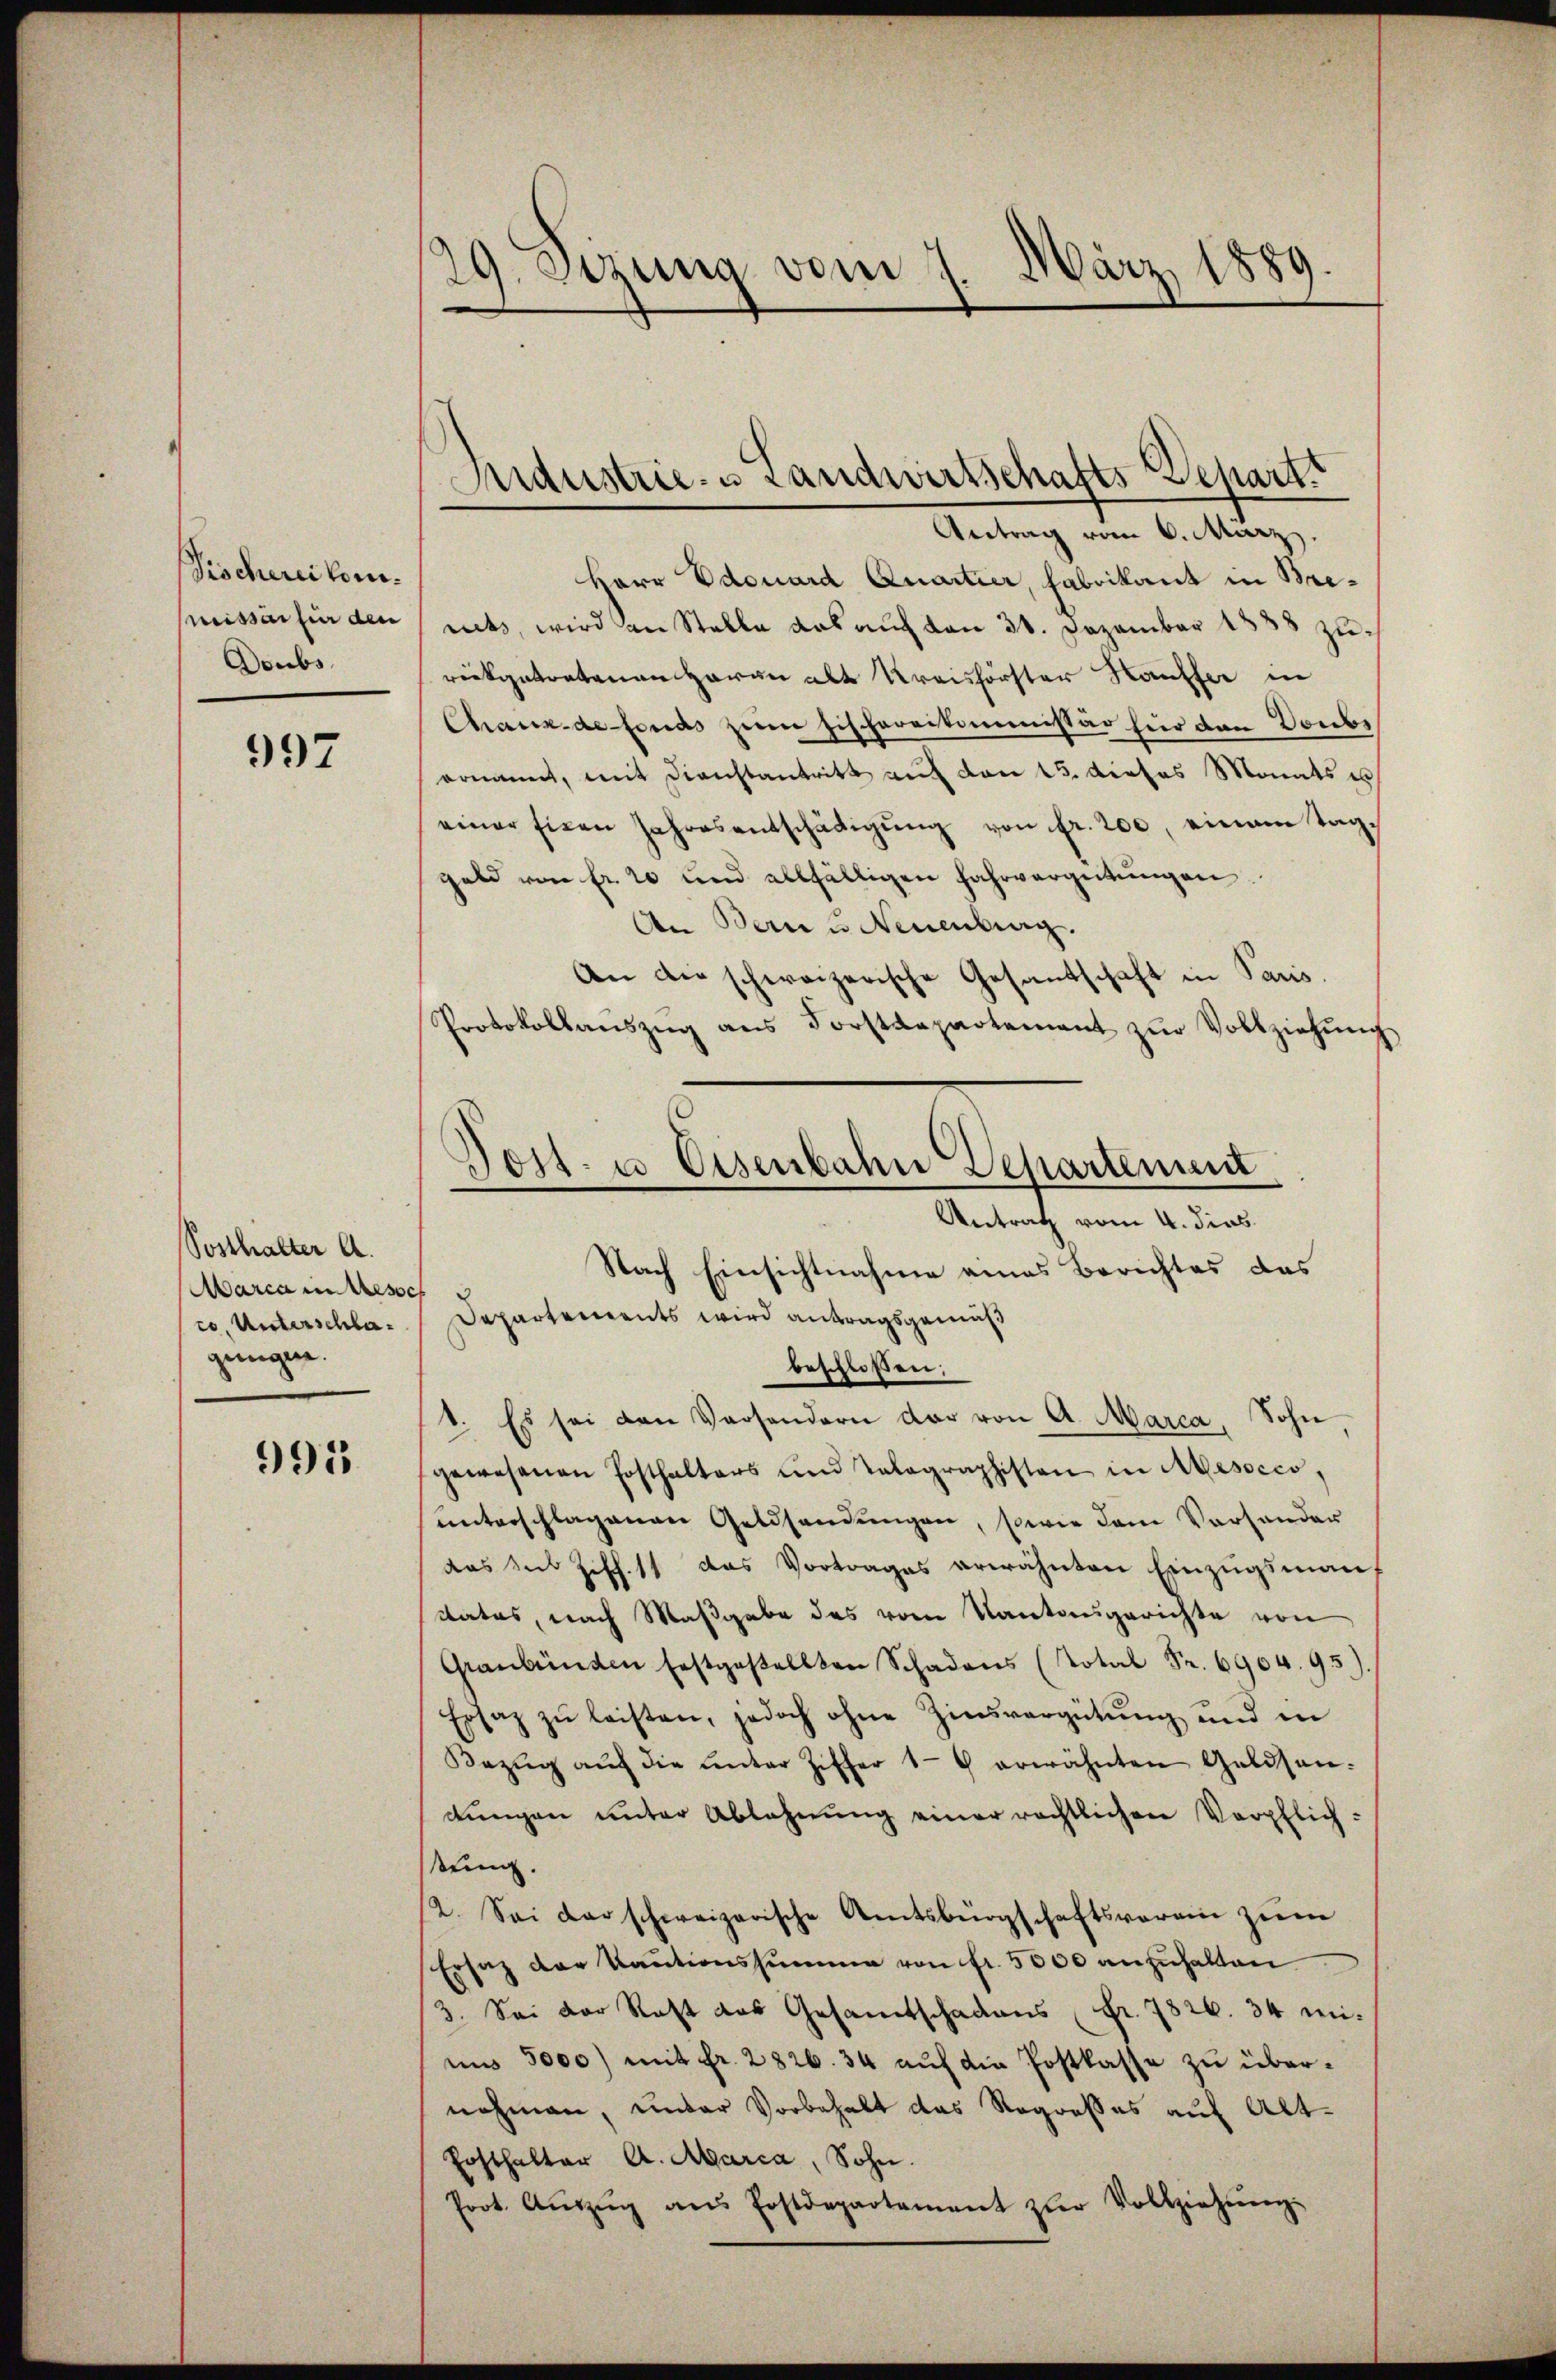
Tischerei komnissen für den
Doubs

997

Posthalter A.
Marca in Messe
co, Unterschlagenügen.

991

29. Sizung vom 7. März 1889.

Industrie- u Landwirtschafts-Schart
Antrag vom 6. März.

Herr Edouard Quartier, Fabrikant in Brerits, wird an Stelle das auf den 31. Dezember 1888 zurückgetretenen Haran alt Kreisförster Häuffer in
Chaux-defonds zeim Fischereikommissär hier den Doubs
vonannt, mit Dienstantritt auf den 15. dieses Monats u
einer Eigen Jahresentschädigŭng von fr. 200, einem Taggeld von fr. 20 und allfälligen Fahrvergütŭngen.
An Bern u. Neuenburg.
An die schweizerische Gesandschaft in Paris.
Protokollanszŭg ans Forstdepartement zŭr Vollziehŭng
Departements wird antragsgemäß
beschloßen;
1. Es sei den Versondern dar von A. Marca, Sohn,
gewesenen Posthalters und Talagraphisten in Mesocco,
ŭnterschlagenen Geldsendŭngen, sowie dem Vorhander
das sub Ziff. 11 das Vortrages erwähnten Einzugsmanf
Rates, nach Maßgabe des vom Kantonsgerichte von
Graubünden festgestellten Schadens (Total Fr. 6904. 95).
Ersatz zŭ leisten, jedoch ohne Zinsvergütung und in
Bezŭg aŭf die ŭnter Ziffer 19 erwähnten Geldsen-
lŭngen ŭnter Ablehnŭng einer rechtlichen Verpflich-
stung.
2. Sei darschweizerische Amtsbürgschaftsverein ziem
Ersatz der Kautionssumme von fr. 5000 anzuhalten
3. Sei der Rest das Gesamtschadens Fr. 7826. 34 mi-
um 5000) mit fr. 2826. 34 auf die Postkasse zu übernehmen, under Vorbehalt das Regresses auf Alt-
Ersthalter A. Marca, Sohn.
Prot. Aŭszŭg ans Postdepartement zŭr Vollziehŭng.

Post. u. Eisenbahn Dehartement
Antrat vom 4. dies
Nach Einsichtnahme eines Berichtes das